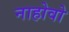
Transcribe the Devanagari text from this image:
नाहोवो